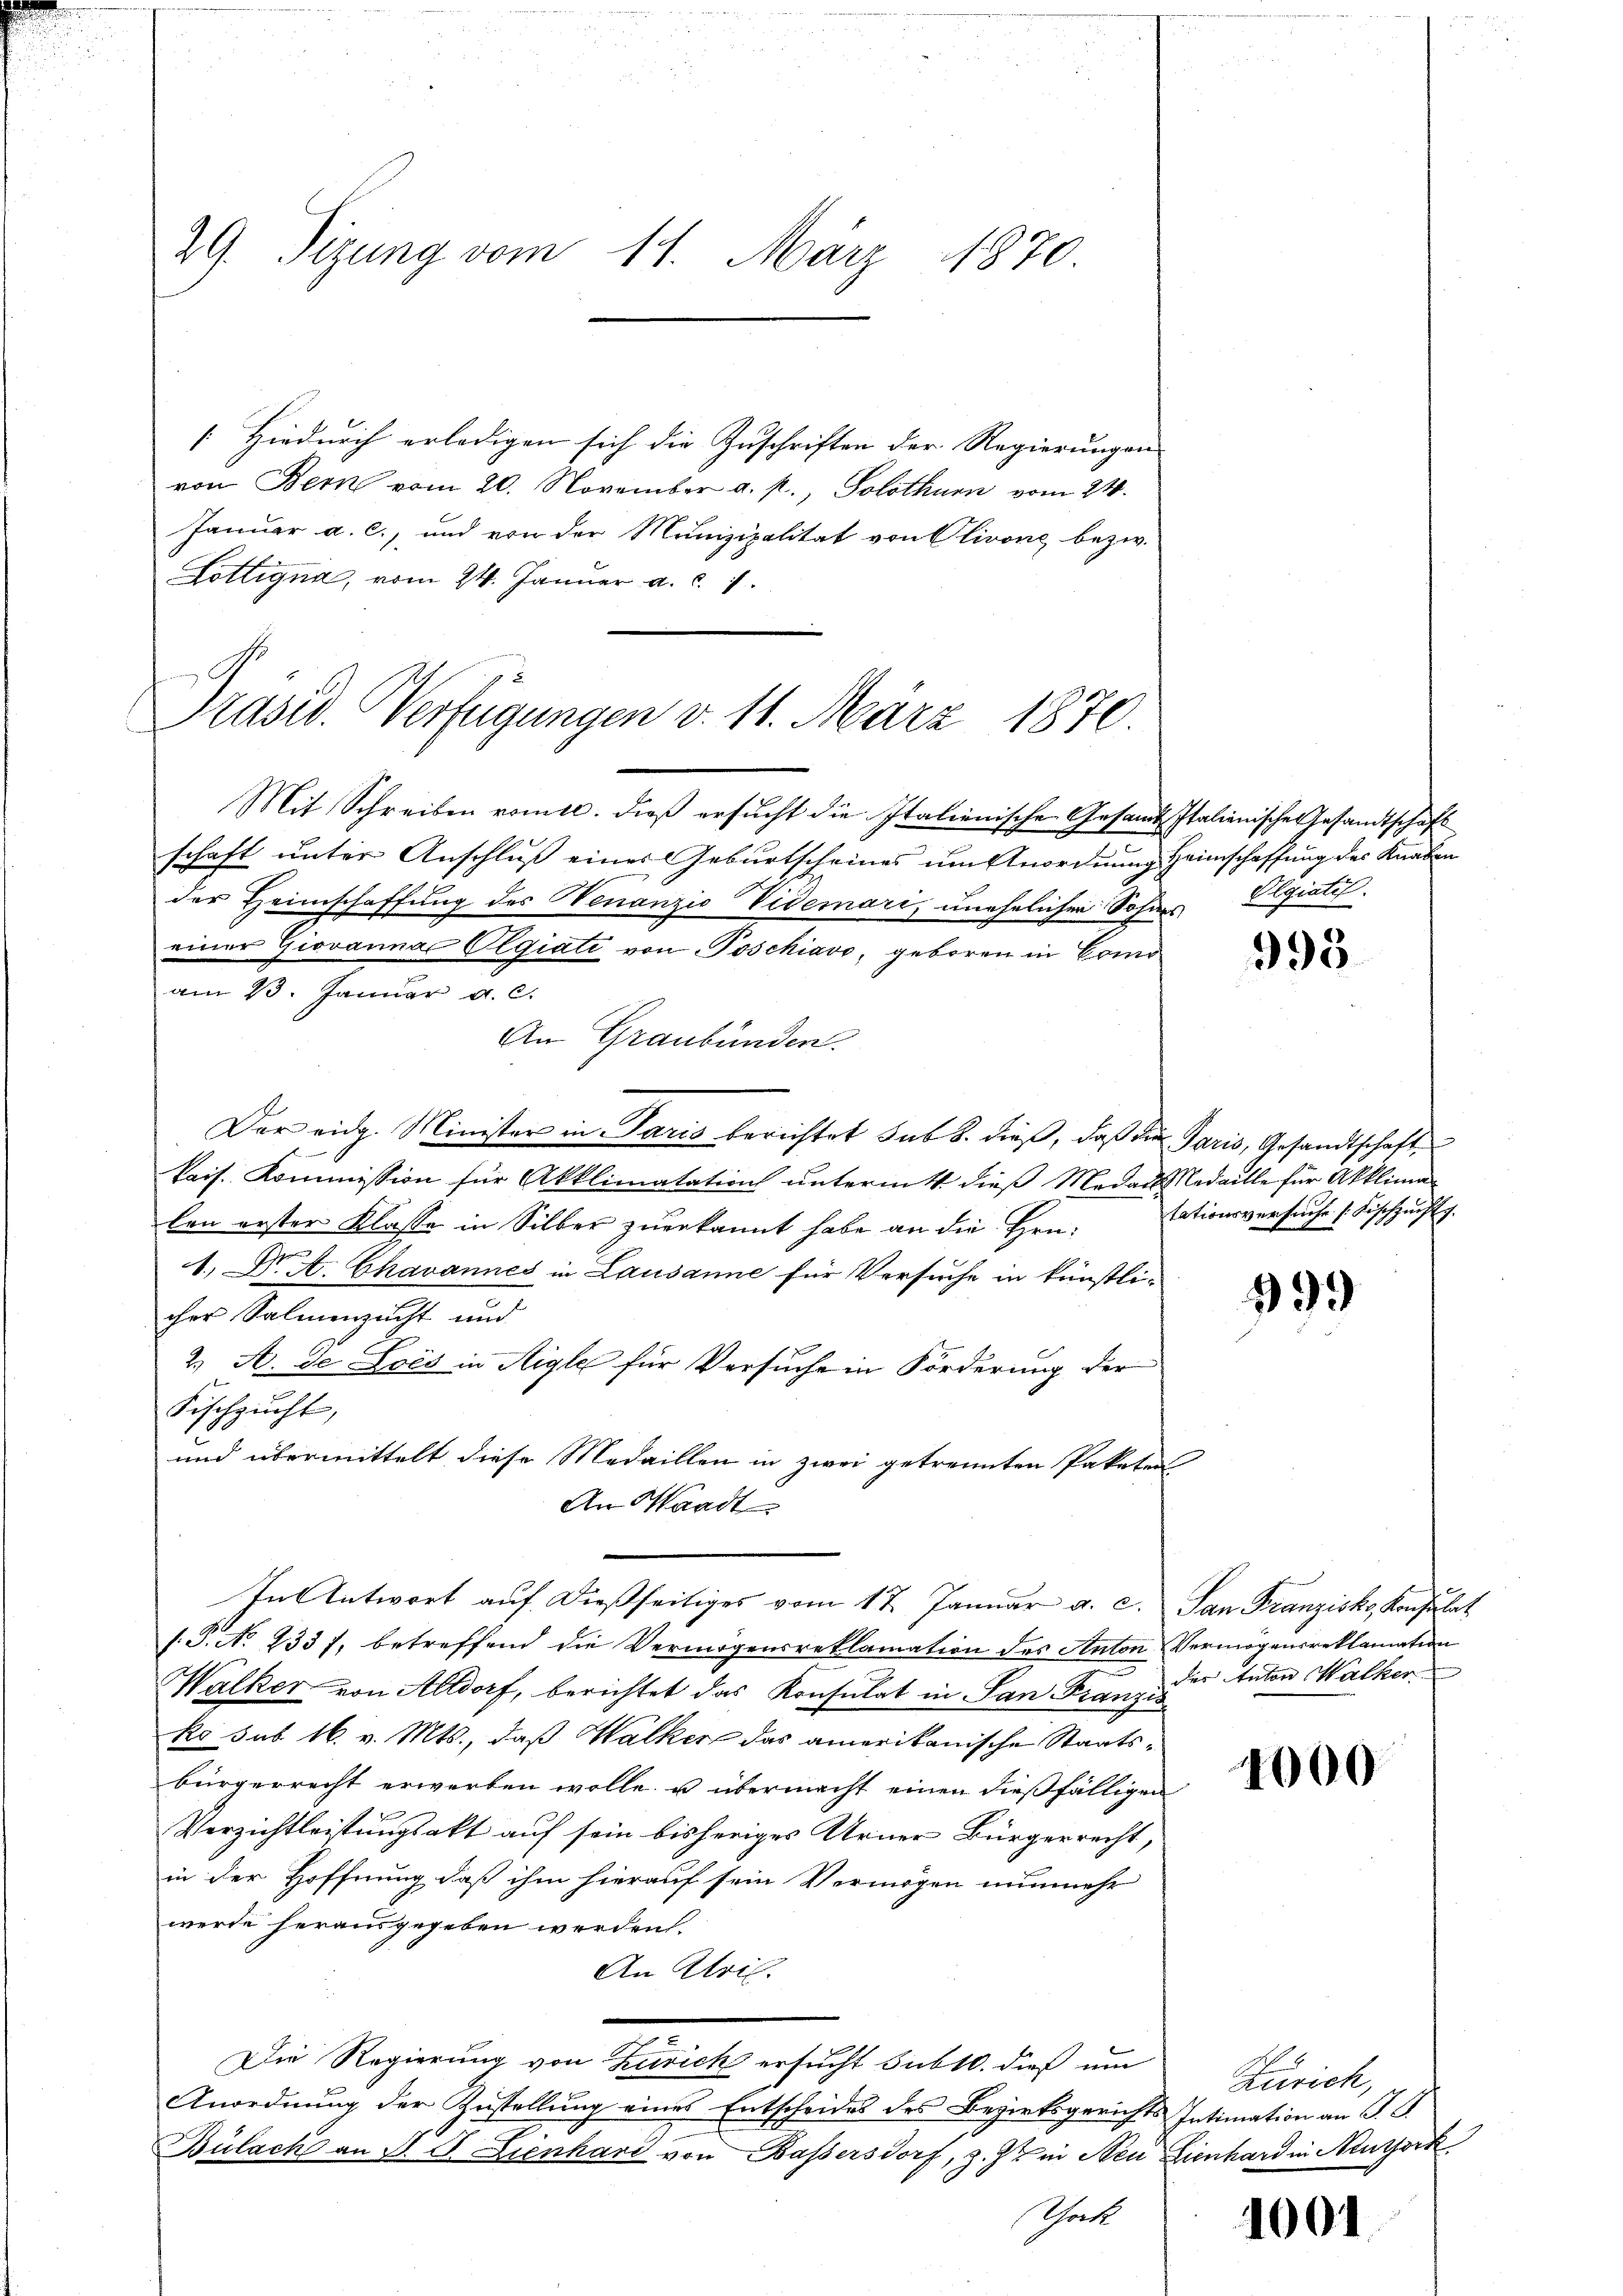
29. Sizung vom 14. März 1870.

[Hiedurch erledigen sich die Zuschriften der Regierungen |
von Bern vom 20. November a. p., Solothurn vom 21.
Januar a. c., und von der Munizipalität von Olivone bezw.
Lottigna, vom 24. Januar a. c. 1

Präsid. Verfügungen v. 11. März 1870

Mit Schreiben vomtl. dieß ersucht die Italienische Gesandt Italienische Gesandtschaft
schaft unter Anschluß eines Geburtscheines um Anordnung Heimschaffung des Knaben
der Heimschaffung des Ninanzio Videmari, unehelicher Sohns
einer Giovanna Olgiati von Poschiavo, geboren in Como
am 13. Januar a. c.
An Graubünden.
Der eidg. Minister in Paris berichtet sub 8. dieß, daß die Paris, Gesandtschaft,
kais. Kommission für Akklimatations unterm 4 dieß Madaus Redaille für Akkliman
len erster Klasse in Silber zugekannt habe an die Heu¬
1., N. A. Chavannes in Lausanne für Versuche in künstli-
cher Salmenzucht und
2. A. de Lois in Aigle für Versuche in Förderung der
Fischsucht,
und übermittelt diese Medaillen in zwei getrennten Paketen
An Waadt
In Antwort aŭf dießseitiges vom 17. Januar a. c. San Franziska Konsulat
[.P. No 233 f. betreffend die Vermögensreklamation des Anton Vermögensreklamation
Walker von Altdorf, berichtet das Konsulat in San Franzis
ko sub 16. v. Mts., daß Walker das amerikanische Staatsbürgerrecht erwerben wolle u übermacht einen dießfälligen
Verzichtleistungsakt auf sein bisheriges Urner Bürgerrecht,
in der Hoffnung, daß ihm hierauf sein Vermögen nunmehr
werde herausgegeben werden.
An Ulril.
e
Die Regierung von Zürich ersucht sub 10. dieß um
Anordnung der Zustellung eines Entscheides des Bezirksgerichts Intimation an P. G.
Bülach an J. P. Lienhard von Bassersdorf, z. Zt. in Neu Lienhard in Neuthork
Thock

Olgiatil

993

tationsversuche Fischzucht

999

der Anton Walker

4000

Zürich,

1001